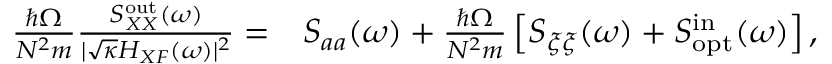
\begin{array} { r l } { \frac { \hbar \Omega } { N ^ { 2 } m } \frac { S _ { X X } ^ { \mathrm { o u t } } ( \omega ) } { | \sqrt { \kappa } H _ { X F } ( \omega ) | ^ { 2 } } = } & { S _ { a a } ( \omega ) + \frac { \hbar \Omega } { N ^ { 2 } m } \left[ S _ { \xi \xi } ( \omega ) + S _ { \mathrm { o p t } } ^ { \mathrm { i n } } ( \omega ) \right] , } \end{array}